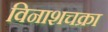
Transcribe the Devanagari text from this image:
विनाशचक्रा